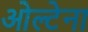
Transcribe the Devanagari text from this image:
ओल्टेना